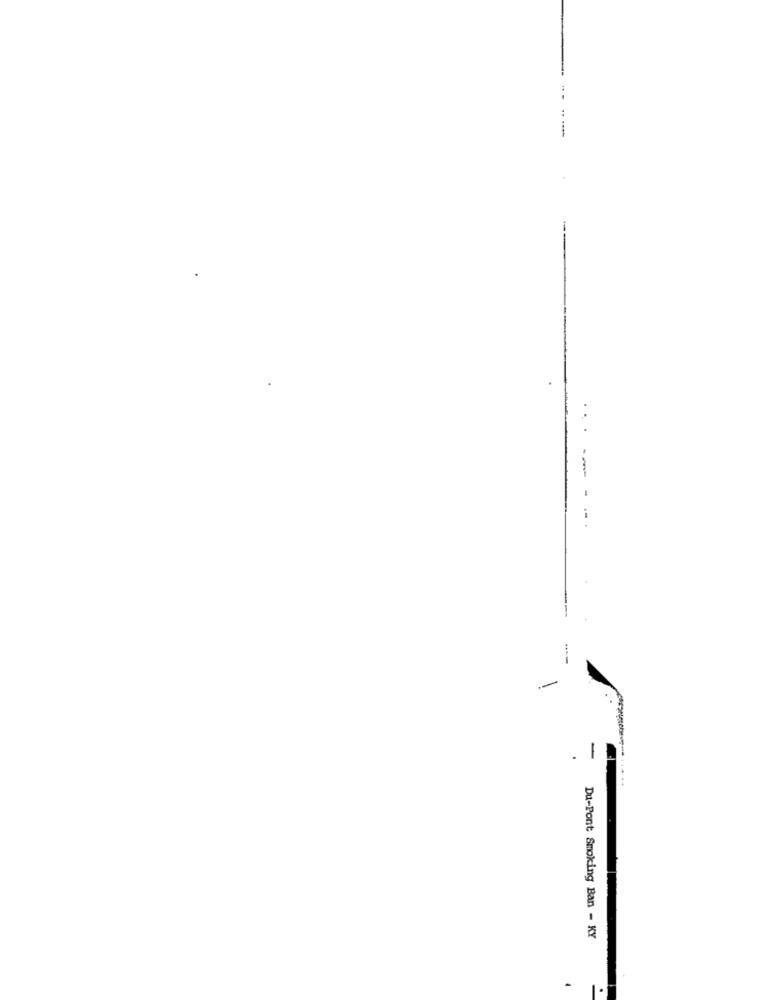
. .
--
--
-
Du-Pont Smoking Ban - KY